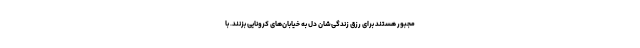
مجبور هستند برای رزق زندگی‌شان دل به خیابان‌های کرونایی بزنند. با